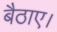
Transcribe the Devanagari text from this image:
बैठाए।